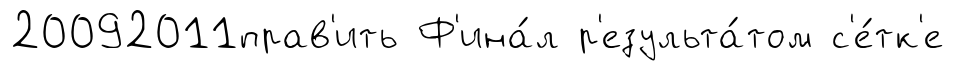
20092011прав'ить Ф'ина́л р'езульта́том с'е́тк'е